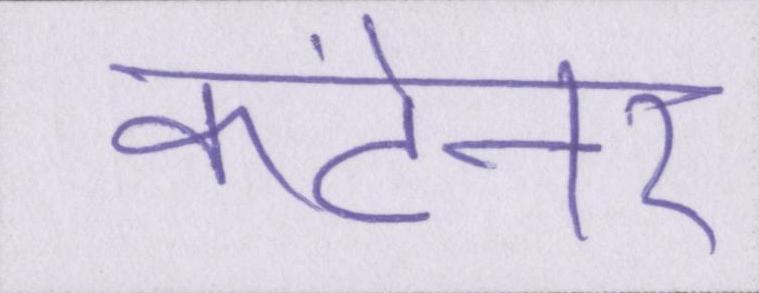
कंटेनर